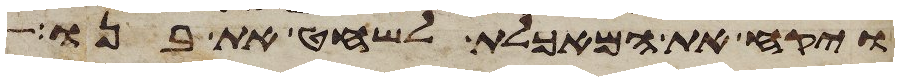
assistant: ויקח את המאכלת לשחט את בנו